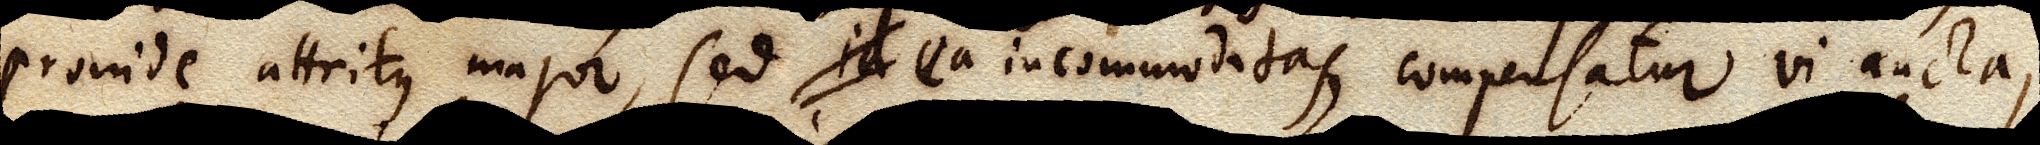
proinde attritus major, sed id ea incommoditas, compensatur vi aucta,